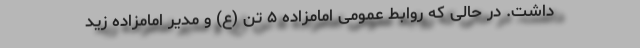
داشت. در حالی که روابط عمومی امامزاده ۵ تن (ع) و مدیر امامزاده زید